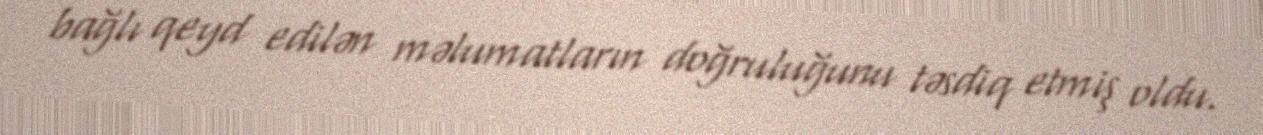
bağlı qeyd edilən məlumatların doğruluğunu təsdiq etmiş oldu.